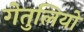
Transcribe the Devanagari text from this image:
गेतुलियो